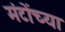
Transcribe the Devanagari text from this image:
मंटोंच्या